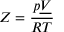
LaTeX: Z = { \frac { p { \underline { { V } } } } { R T } }